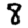
Digit: 8